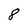
Character: 8